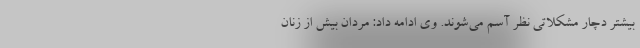
بیشتر دچار مشکلاتی نظر آسم می‌شوند. وی ادامه داد: مردان بیش از زنان